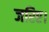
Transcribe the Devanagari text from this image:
जरिए।